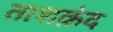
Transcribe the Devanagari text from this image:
ताशक़ंद